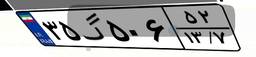
۱۴گ۴۳۷۸۲